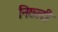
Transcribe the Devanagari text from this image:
निछ्ली